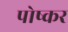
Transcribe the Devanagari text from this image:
पोष्कर